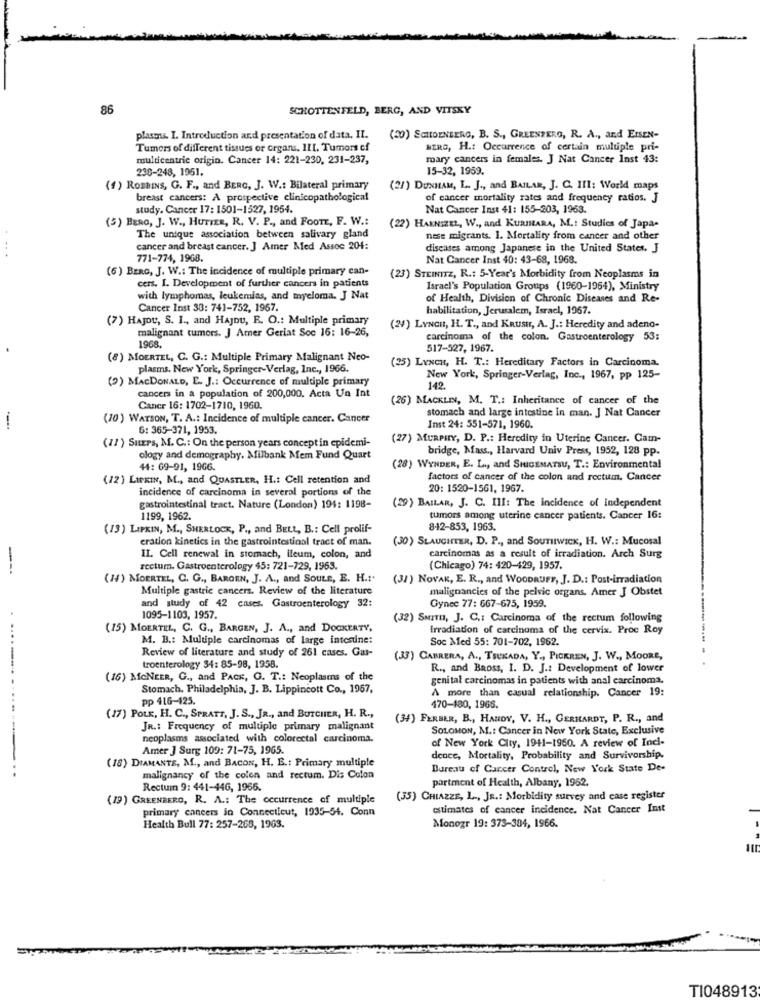
86
SCHOTTENFELD, BERG, AND VITSKY
plasma. I. Introduction and presentation of data, II.
(20) SCHOENBERG, B. S ., GREENPERO, R. A ., and EISEN-
Tumors of different tissues or organs, III. Tumors cf
NERO, H .: Occurrence of certain multiple pri-
multicentric origin. Cancer 14: 221-230, 231-237,
mary cancers in females. J Nat Cancer Inst 43:
238-248, 1951.
15-32, 1959.
(1) ROBBINS, G. F ., and BERG, J. W .: Bilateral primary
(21) DUNHAM, L. J ., and BAILAR, J. C. III: World maps
breast cancers: A prospective clinicopathological
of cancer mortality rates and frequency ratios. J
study. Cancer 17: 1501-1527, 1954.
Nat Cancer Inst 41: 155-203, 1963.
(5) BERO, J. W ., HUTTER, R. V. P ., and FOOTE, F. W .:
(22) HARNIZEL, W ., and KURIMARA, M .: Studies of Japa-
The unique association between salivary gland
nese migrants. I. Mortality from cancer and other
....
cancer and breast cancer. J Amer Med Assoc 204:
diseases among Japanese in the United States. J
771-774, 1968.
Nat Cancer Inst 40: 43-68, 1968.
(6 ) BERG, J. W .: The incidence of multiple primary can-
(23) STEINITZ, R .: 5-Year's Morbidity from Neoplasms in
cers. I. Development of further cancers in patients
Israel's Population Groups (1960-1964), Ministry
with lymphomas, leukemias, and myeloma. J Nat
of Health, Division of Chronic Diseases and Re-
Cancer Inst 33: 741-752, 1967.
habilitation, Jerusalem, Israel, 1967.
(7) HAJOU, S. I ., and HAJDU, R. O .: Multiple primary
malignant tumors. J Amer Geriat Soc 16: 16-26,
(24) LYNCH, H. T ., and KRUSH, A. J .: Heredity and adeno-
carcinoma of the colon. Gastroenterology 53:
1968.
517-527, 1967.
(8) MOERTEL, C. G .: Multiple Primary Malignant Neo-
(25) LYNCH, H. T .: Hereditary Factors in Carcinoma.
plasms. New York, Springer-Verlag, Inc ., 1966.
(9) MACDONALD, E. J .: Occurrence of multiple primary
New York, Springer-Verlag, Inc ., 1967, pp 125-
142.
cancers in a population of 200,000. Acta Un Int
(26) MACKLIN, M. T .: Inheritance of cancer of the
Caner 16: 1702-1710, 1960.
stomach and large intestine in man. J Nat Cancer
(10) WATSON, T. A .: Incidence of multiple cancer. Cancer
6: 365-371, 1953.
Inst 24: 551-571, 1960.
(11) SuErs, M. C .: On the person years concept in epidemi-
(27) MURPHY, D. P .: Heredity in Uterine Cancer. Cam-
bridge, Mass ., Harvard Univ Press, 1952, 128 pp.
ology and demography. Milbank Mem Fund Quart
44: 69-91, 1966.
(28) WYNDER, E. L ., and SHIGEMATSU, T .: Environmental
(12) LINKIN, M ., and QUASTLER, H .: Cell retention and
factors of cancer of the colon and rectum. Cancer
incidence of carcinoma in several portions of the
20: 1520-1561, 1967.
gastrointestinal tract. Nature (London) 194: 1198-
(29) BAILAR, J. C. III: The incidence of Independent
1199, 1962.
tumors among uterine cancer patients. Cancer 16:
(13) LIPKIN, M ., SHERLOCK, P ., and BELL, B .: Cell prolif-
842-853, 1963.
eration kinetics in the gastrointestinal tract of man.
(30) SLAUGHTER, D. P ., and SourItWICK, H. W .: Mucosal
II. Cell renewal in stomach, ileum, colon, and
carcinomas as a result of irradiation. Arch Surg
---
rectum. Gastroenterology 45: 721-729, 1963.
(Chicago) 74: 420-429, 1957.
(1) MOERTEL, C. G ., BARGEN, J. A ., and SOULE, E. H .:*
(31) NOVAK, E. R ., and WOODRUFF, J. D .: Post-irradiation
Multiple gastric cancers. Review of the literature
malignancies of the pelvic organs. Amer J Obstet
and study of 42 cases. Gastroenterology 32:
Gynec 77: 667-675, 1959.
1095-1103, 1957.
(32) SMITH, J. C .: Carcinoma of the rectum following
(15) MOERTEL, C. G ., BARGEN, J. A ., and DOCKERTY,
Irradiation of carcinoma of the cervix. Proc Roy
M. B .: Multiple carcinomas of large intestine:
Soc Med 55: 701-702, 1962.
Review of literature and study of 261 cases. Gas-
(33) CABRERA, A ., TSUKADA, Y ., PICKREN, J. W ., MOORE,
troenterology 34: 85-98, 1958.
R ., and BROSS, I. D. J .: Development of lower
(16) MENEER, G ., and PACK, G. T .: Neoplasms of the
genital carcinomas in patients with anal carcinoma.
Stomach. Philadelphia, J. B. Lippincott Co ., 1967,
A more than casual relationship. Cancer 19:
pp 416-125.
....... .......
470-480, 1968.
(17) POLE, H. C ., SPRATT, J. S ., JR ., and BUTCHER, H. R .,
(34) FERBER, B ., HANDY, V. H ., GERHARDT, P. R ., and
JR .: Frequency of multiple primary malignant
SOLOMON, M .: Cancer in New York State, Exclusive
neoplasms associated with colorectal carcinoma.
Amer J Surg 109: 71-75, 1965.
of New York City, 1941-1960. A review of Indi-
(18) DIAMANTE, M ., and BACON, H. E .: Primary multiple
dence, Mortality, Probability and Survivorship.
Bureau of Cancer Control, New York State De-
..
malignancy of the colon and rectum. Dis Colon
Rectum 9: 441-446, 1966.
partment of Health, Albany, 1962.
(19) GREENBERG, R. A .: The occurrence of multiple
(35) CHIAZZE, L ., JR .: Morbidity survey and case register
primary cancers in Connecticut, 1935-54. Conn
estimates of cancer incidence. Nat Cancer Inst
Health Bull 77: 257-268, 1963.
Monogr 19: 373-384, 1966.
TI048913